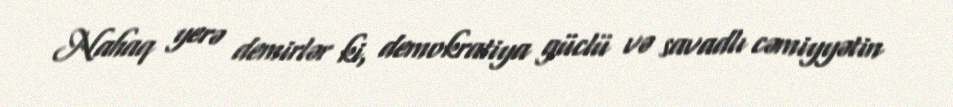
Nahaq yerə demirlər ki, demokratiya güclü və savadlı cəmiyyətin